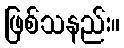
ဖြစ်သနည်း။